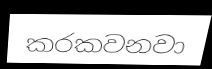
කරකවනවා